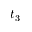
t _ { 3 }